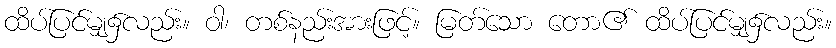
ထိပ်ပြင်မျှ၌လည်း။ ဝါ၊ တစ်နည်းအားဖြင့်။ မြတ်သော တော၏ ထိပ်ပြင်မျှ၌လည်း။